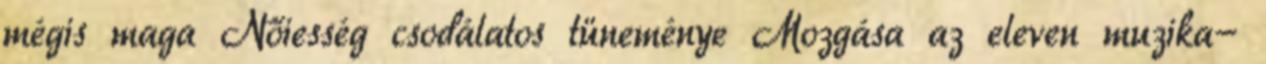
mégis maga Nőiesség csodálatos tüneménye Mozgása az eleven muzika-